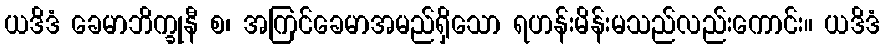
ယဒိဒံ ခေမာဘိက္ခုနီ စ၊ အကြင်ခေမာအမည်ရှိသော ရဟန်းမိန်းမသည်လည်းကောင်း။ ယဒိဒံ